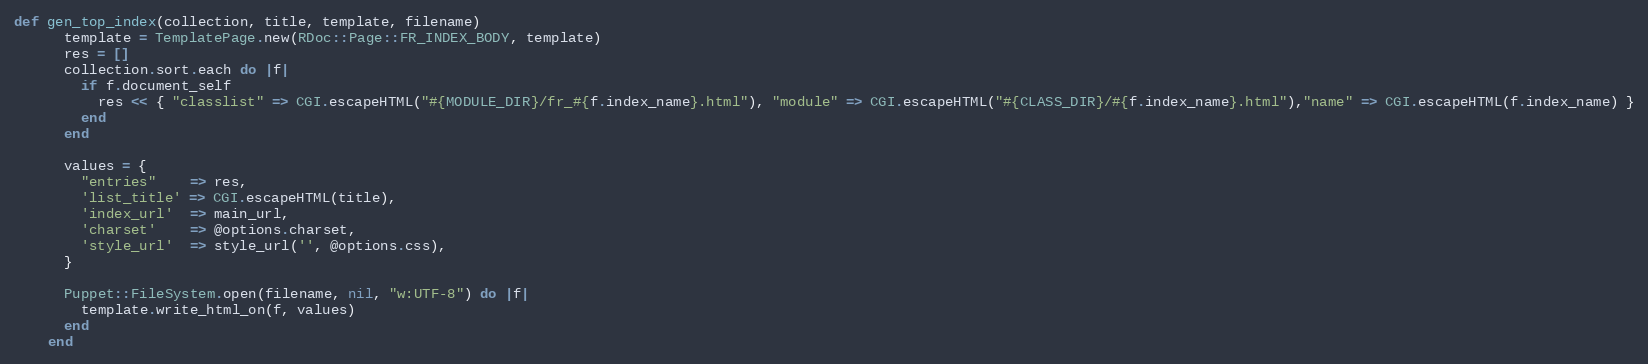
Language: Ruby
def gen_top_index(collection, title, template, filename)
      template = TemplatePage.new(RDoc::Page::FR_INDEX_BODY, template)
      res = []
      collection.sort.each do |f|
        if f.document_self
          res << { "classlist" => CGI.escapeHTML("#{MODULE_DIR}/fr_#{f.index_name}.html"), "module" => CGI.escapeHTML("#{CLASS_DIR}/#{f.index_name}.html"),"name" => CGI.escapeHTML(f.index_name) }
        end
      end

      values = {
        "entries"    => res,
        'list_title' => CGI.escapeHTML(title),
        'index_url'  => main_url,
        'charset'    => @options.charset,
        'style_url'  => style_url('', @options.css),
      }

      Puppet::FileSystem.open(filename, nil, "w:UTF-8") do |f|
        template.write_html_on(f, values)
      end
    end